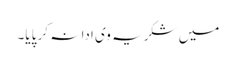
میں شکریہ وی ادا نہ کر پایا۔